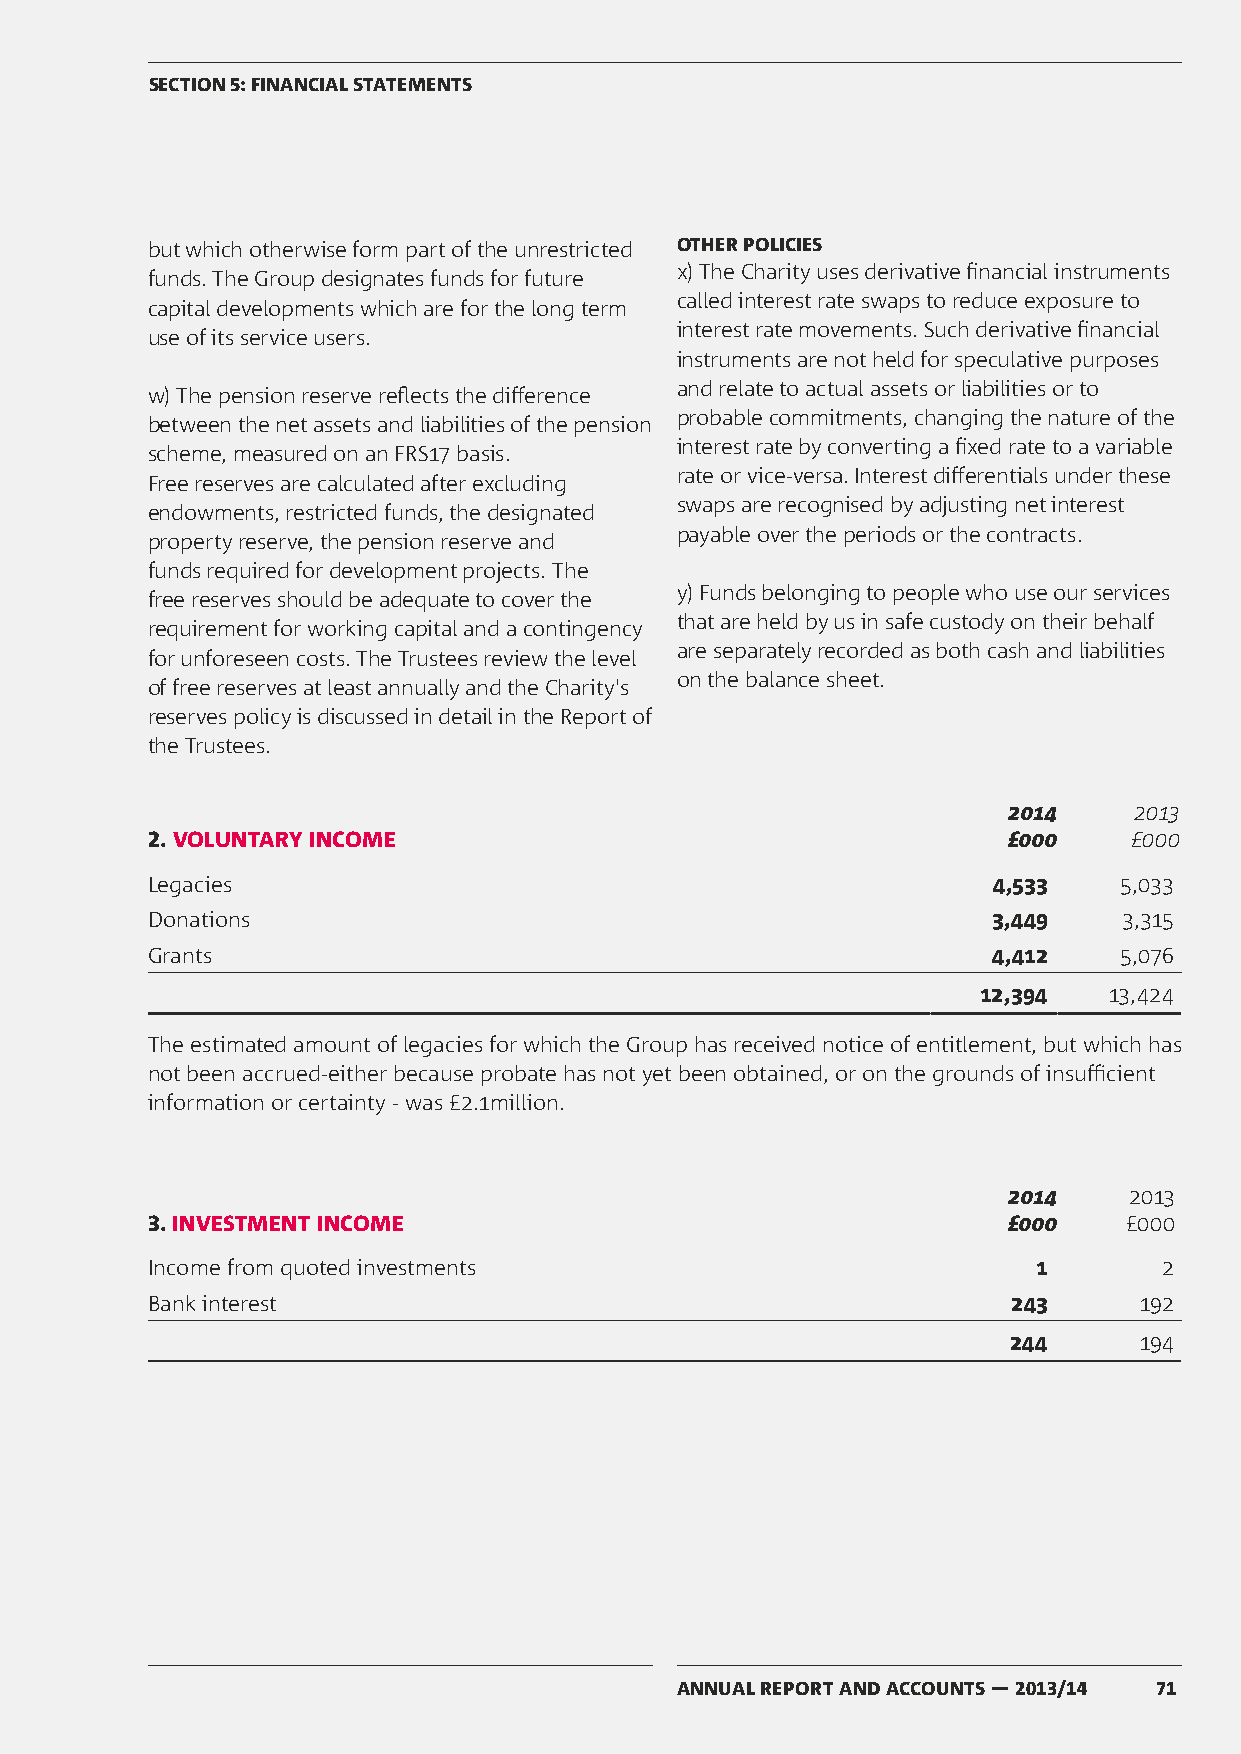
SECTION 5: FINANCIAL STATEMENTS
 but which otherwise form part of the unrestricted OTHER POLICIES
 x) The Charity uses derivative financial instruments
 funds. The Group designates funds for future
 called interest rate swaps to reduce exposure to
 capital developments which are for the long term
 interest rate movements. Such derivative financial
 use of its service users.
 instruments are not held for speculative purposes
 and relate to actual assets or liabilities or to
 w) The pension reserve reflects the difference
 probable commitments, changing the nature of the
 between the net assets and liabilities of the pension
 interest rate by converting a fixed rate to a variable
 scheme, measured on an FRS17 basis.
 rate or vice-versa. Interest differentials under these
 Free reserves are calculated after excluding
 swaps are recognised by adjusting net interest
 endowments, restricted funds, the designated
 payable over the periods or the contracts.
 property reserve, the pension reserve and
 funds required for development projects. The
 y) Funds belonging to people who use our services
 free reserves should be adequate to cover the
 that are held by us in safe custody on their behalf
 requirement for working capital and a contingency
 are separately recorded as both cash and liabilities
 for unforeseen costs. The Trustees review the level
 on the balance sheet.
 of free reserves at least annually and the Charity's
 reserves policy is discussed in detail in the Report of
 the Trustees.
 2014    2013
 2. VOLUNTARY INCOME                                      £000    £000
 Legacies                                                4,533   5,033
 Donations                                               3,449   3,315
 Grants                                                  4,412   5,076
 12,394  13,424
 The estimated amount of legacies for which the Group has received notice of entitlement, but which has
 not been accrued-either because probate has not yet been obtained, or on the grounds of insufficient
 information or certainty - was £2.1million.
 2014    2013
 3. INVESTMENT INCOME                                     £000   £000
 Income from quoted investments                             1       2
 Bank interest                                            243     192
 244     194
 ANNUAL REPORT AND ACCOUNTS — 2013/14 71